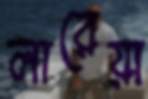
লারেয়া